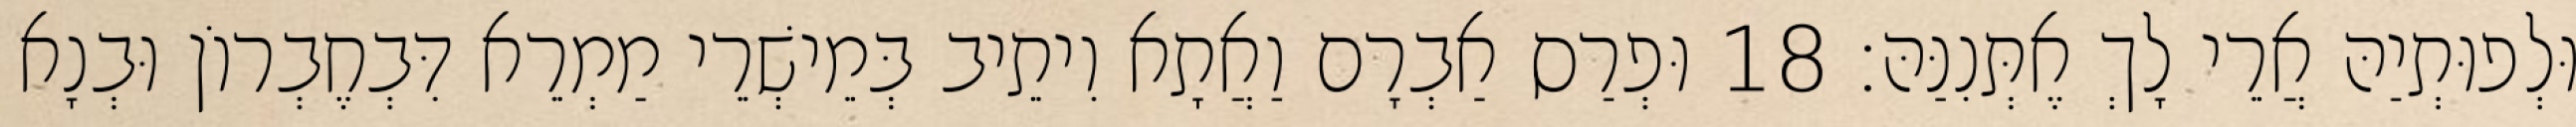
וּלְפוּתְיַהּ אֲרֵי לָךְ אֶתְּנִנַּהּ׃ 18 וּפְרַס אַבְרָם וַאֲתָא וִיתֵיב בְּמֵישְׁרֵי מַמְרֵא דִּבְחֶבְרוֹן וּבְנָא